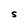
Character: S